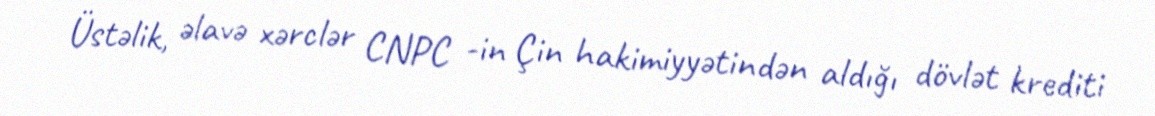
Üstəlik, əlavə xərclər CNPC -in Çin hakimiyyətindən aldığı dövlət krediti